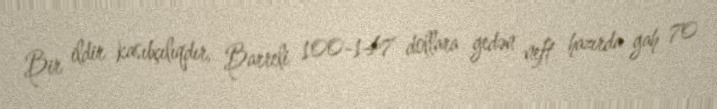
Bir ildir kasıbçılıqdır, Barreli 100-147 dollara gedən neft hazırda gah 70